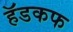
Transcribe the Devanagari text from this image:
हॅडकफ